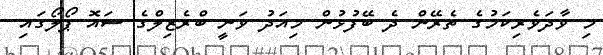
މި ވާދަވެރިކަމުގެ ތެރޭން ދެ ބޭފުޅުން މިއަދު ވަނީ ބްރެޒިލްގެ ސައޮ ޕޯލޯގައި